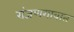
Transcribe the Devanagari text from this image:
रांजणगावात